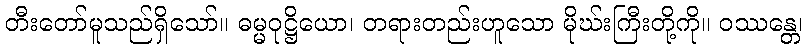
တီးတော်မူသည်ရှိသော်။ ဓမ္မဝုဋ္ဌိယော၊ တရားတည်းဟူသော မိုဃ်းကြီးတို့ကို။ ဝဿန္တေ၊